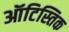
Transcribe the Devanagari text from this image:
ऑटिस्तिक